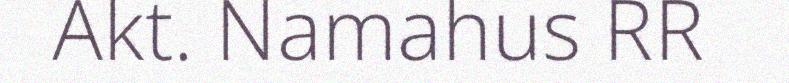
Akt. Namahus RR